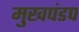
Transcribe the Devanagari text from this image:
मुखपंडप